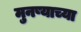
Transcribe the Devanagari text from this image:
मुनष्याच्या